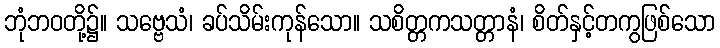
ဘုံဘဝတို့၌။ သဗ္ဗေသံ၊ ခပ်သိမ်းကုန်သော။ သစိတ္တကသတ္တာနံ၊ စိတ်နှင့်တကွဖြစ်သော